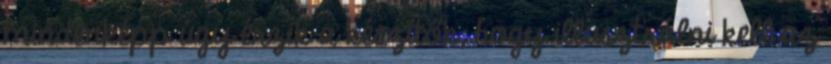
mindenképp úgy érzik a készítők, hogy illusztrálni kell az